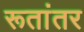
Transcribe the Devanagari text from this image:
रूतांतर